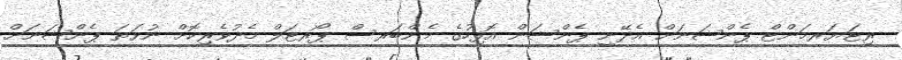
ރިޓަޔަރމަންޓް ޕެންޝަނަށް އެދޭނީ ޕެންޝަން އޮފިހުގެ މެންބަރސް ޕޯރޓަލް މެދުވެރިކޮށް ނުވަތަ ޕެންޝަނަށް